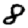
Digit: 8